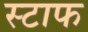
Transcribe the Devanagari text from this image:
स्टाफ